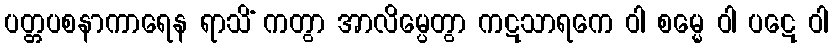
ပတ္တပစနာကာရေန ရာသိံ ကတွာ အာလိမ္ပေတွာ ကဋသာရကေ ဝါ စမ္မေ ဝါ ပဋေ ဝါ